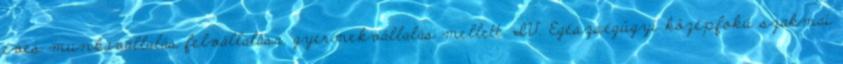
éves munkavállalás felvállalása, gyermekvállalás mellett. IV. Egészségügyi középfokú szakmai